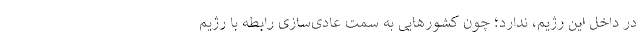
در داخل این رژیم، ندارد؛ چون کشورهایی به سمت عادی‌سازی‌ رابطه با رژیم